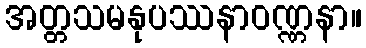
အတ္တသမနုပဿနာဝဏ္ဏနာ။